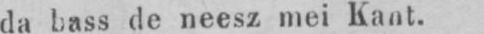
da bass de neesz mei Kant.